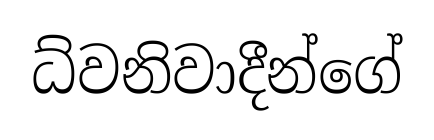
ධ්වනිවාදීන්ගේ